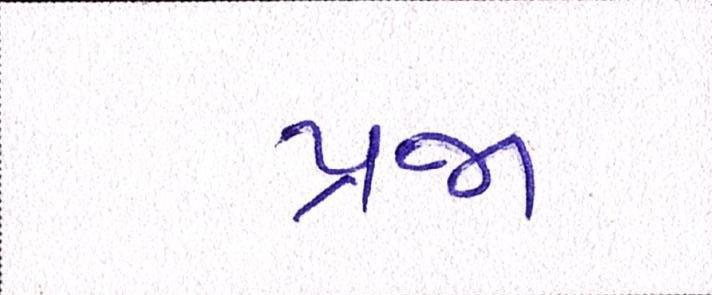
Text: પ્રજા